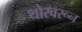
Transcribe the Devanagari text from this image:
थोरवरून